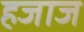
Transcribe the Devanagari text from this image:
हजाज